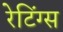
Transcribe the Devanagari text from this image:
रेटिंग्‍स